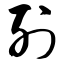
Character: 列